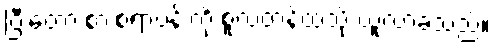
ပြီးတော့ စားစရာဗန်းကို စူလတန်ထံသို့ ယူလာခဲ့သည်။